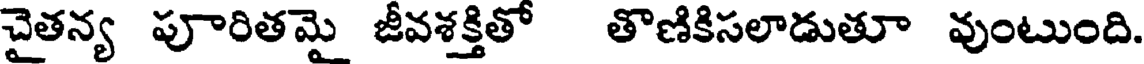
చైతన్య పూరితమై జీవశక్తితో తొణికిసలాడుతూ వుంటుంది.